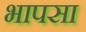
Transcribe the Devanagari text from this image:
भापसा